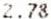
2.78